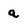
Character: a